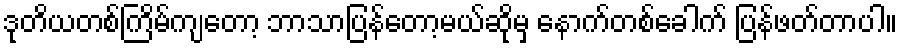
ဒုတိယတစ်ကြိမ်ကျတော့ ဘာသာပြန်တော့မယ်ဆိုမှ နောက်တစ်ခေါက် ပြန်ဖတ်တာပါ။